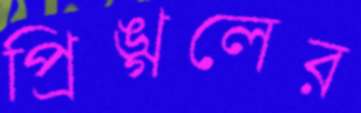
প্রিঙ্গলের